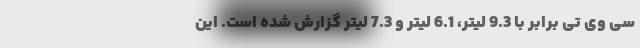
سی وی تی برابر با 9.3 لیتر، 6.1 لیتر و 7.3 لیتر گزارش شده است. این